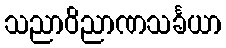
သညာဝိညာဏသင်္ခယာ